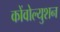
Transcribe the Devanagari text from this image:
कोंवोल्युशन